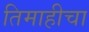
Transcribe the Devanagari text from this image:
तिमाहीचा